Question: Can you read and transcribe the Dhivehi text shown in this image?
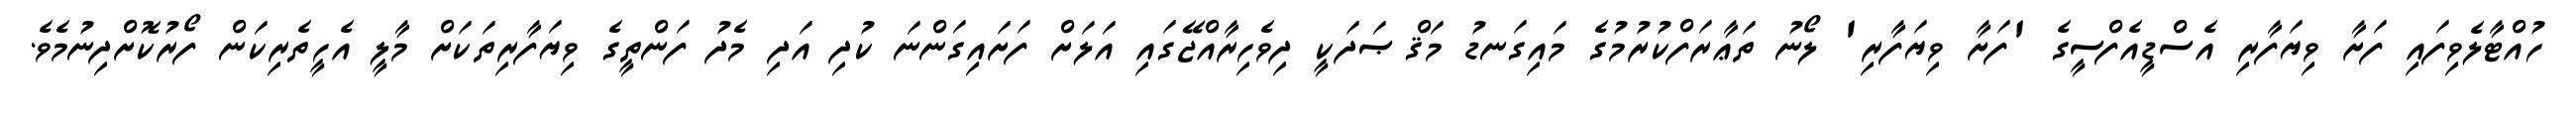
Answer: ހުއްޓާލެވިފައި ފަށާ ވިޔަފާރި އެސްޑީއެފްސީގެ 'ފަށާ ވިޔަފާރި' ލޯނު ތަޢާރަފްކުރުމުގެ މައިގަނޑު މަޤްޞަދަކީ ދިވެހިރާއްޖޭގައި އަލަށް ފަށައިގަންނަ ކުދި އަދި މެދު ފަންތީގެ ވިޔަފާރިތަކަށް މާލީ އެހީތެރިކަން ފޯރުކޮށްދިނުމެވެ.